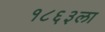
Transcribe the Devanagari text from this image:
१८६३ला